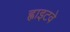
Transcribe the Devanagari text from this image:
ह्वाइटवे